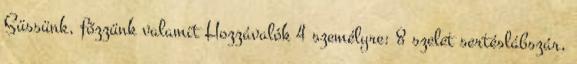
Süssünk, főzzünk valamit Hozzávalók 4 személyre: 8 szelet sertéslábszár,